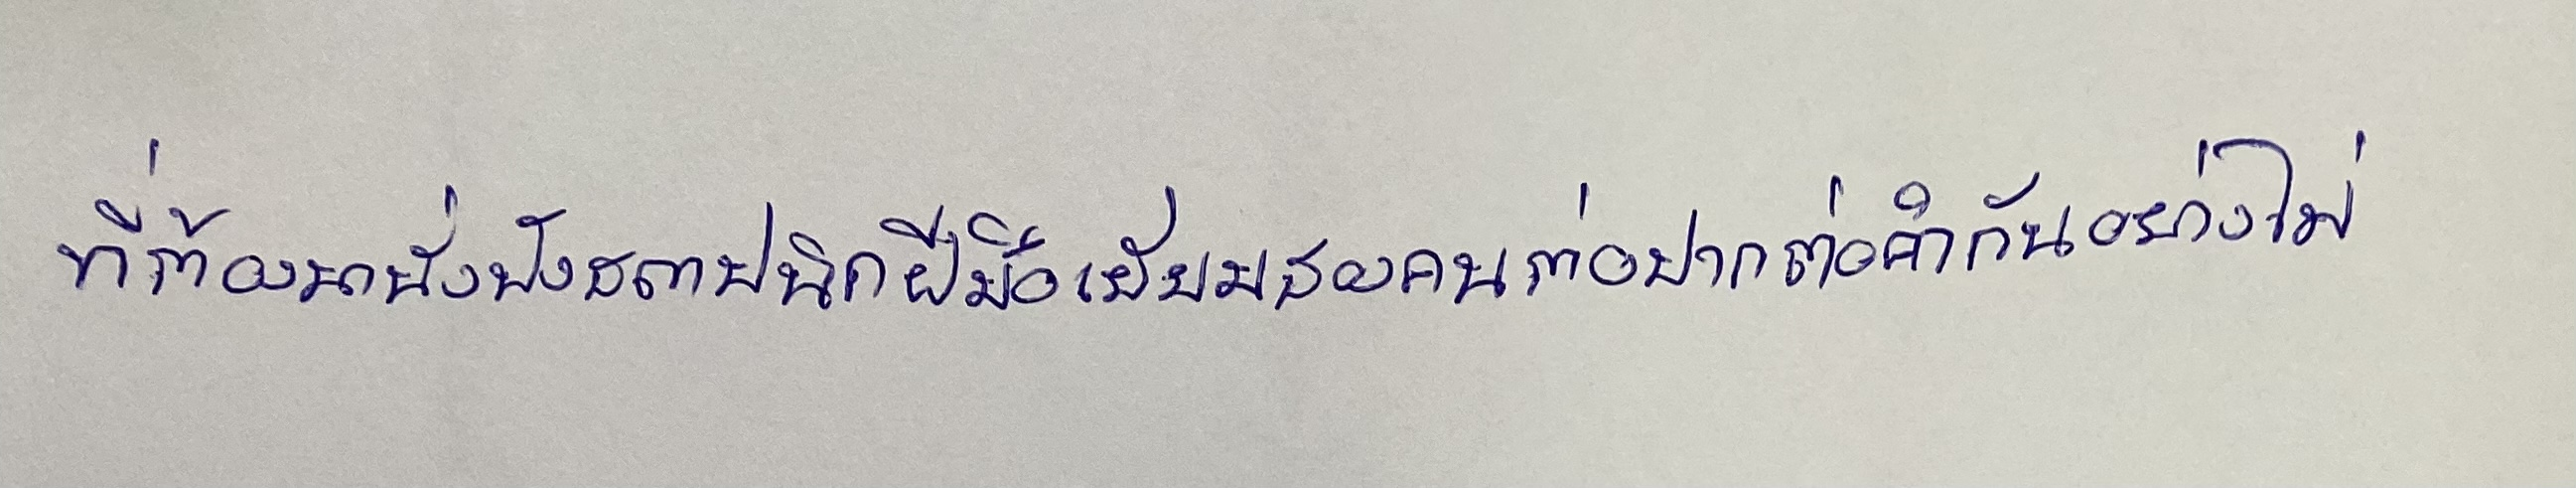
ที่ต้องมานั่งฟังสถาปนิกฝีมือเยี่ยมสองคนต่อปากต่อคำกันอย่างไม่